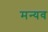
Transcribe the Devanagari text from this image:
मन्यव